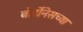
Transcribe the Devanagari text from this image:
बोर्डोनेसच्या